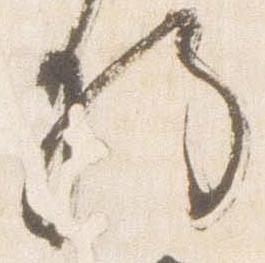
将